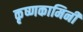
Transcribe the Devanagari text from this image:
कृष्णकामिनी